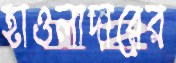
হাওলাদারের